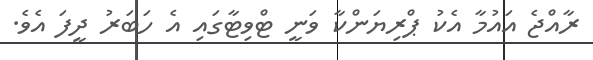
ރާއްޖެ އައުމާ އެކު ޕްރިޔަންކާ ވަނީ ޓްވިޓާގައި އެ ހަބަރު ދީފަ އެވެ.